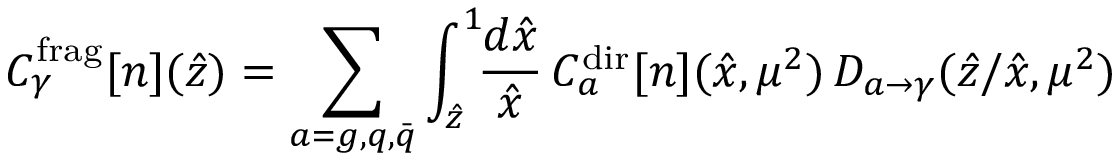
{ \cal C } _ { \gamma } ^ { \mathrm { f r a g } } [ n ] ( \hat { z } ) = \sum _ { a = g , q , \bar { q } } \int _ { \hat { z } } ^ { 1 } \! \! \frac { d \hat { x } } { \hat { x } } \, { \cal C } _ { a } ^ { \mathrm { d i r } } [ n ] ( \hat { x } , \mu ^ { 2 } ) \, D _ { a \to \gamma } ( \hat { z } / \hat { x } , \mu ^ { 2 } )